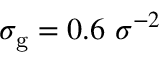
\sigma _ { \mathrm { g } } = 0 . 6 ~ \sigma ^ { - 2 }